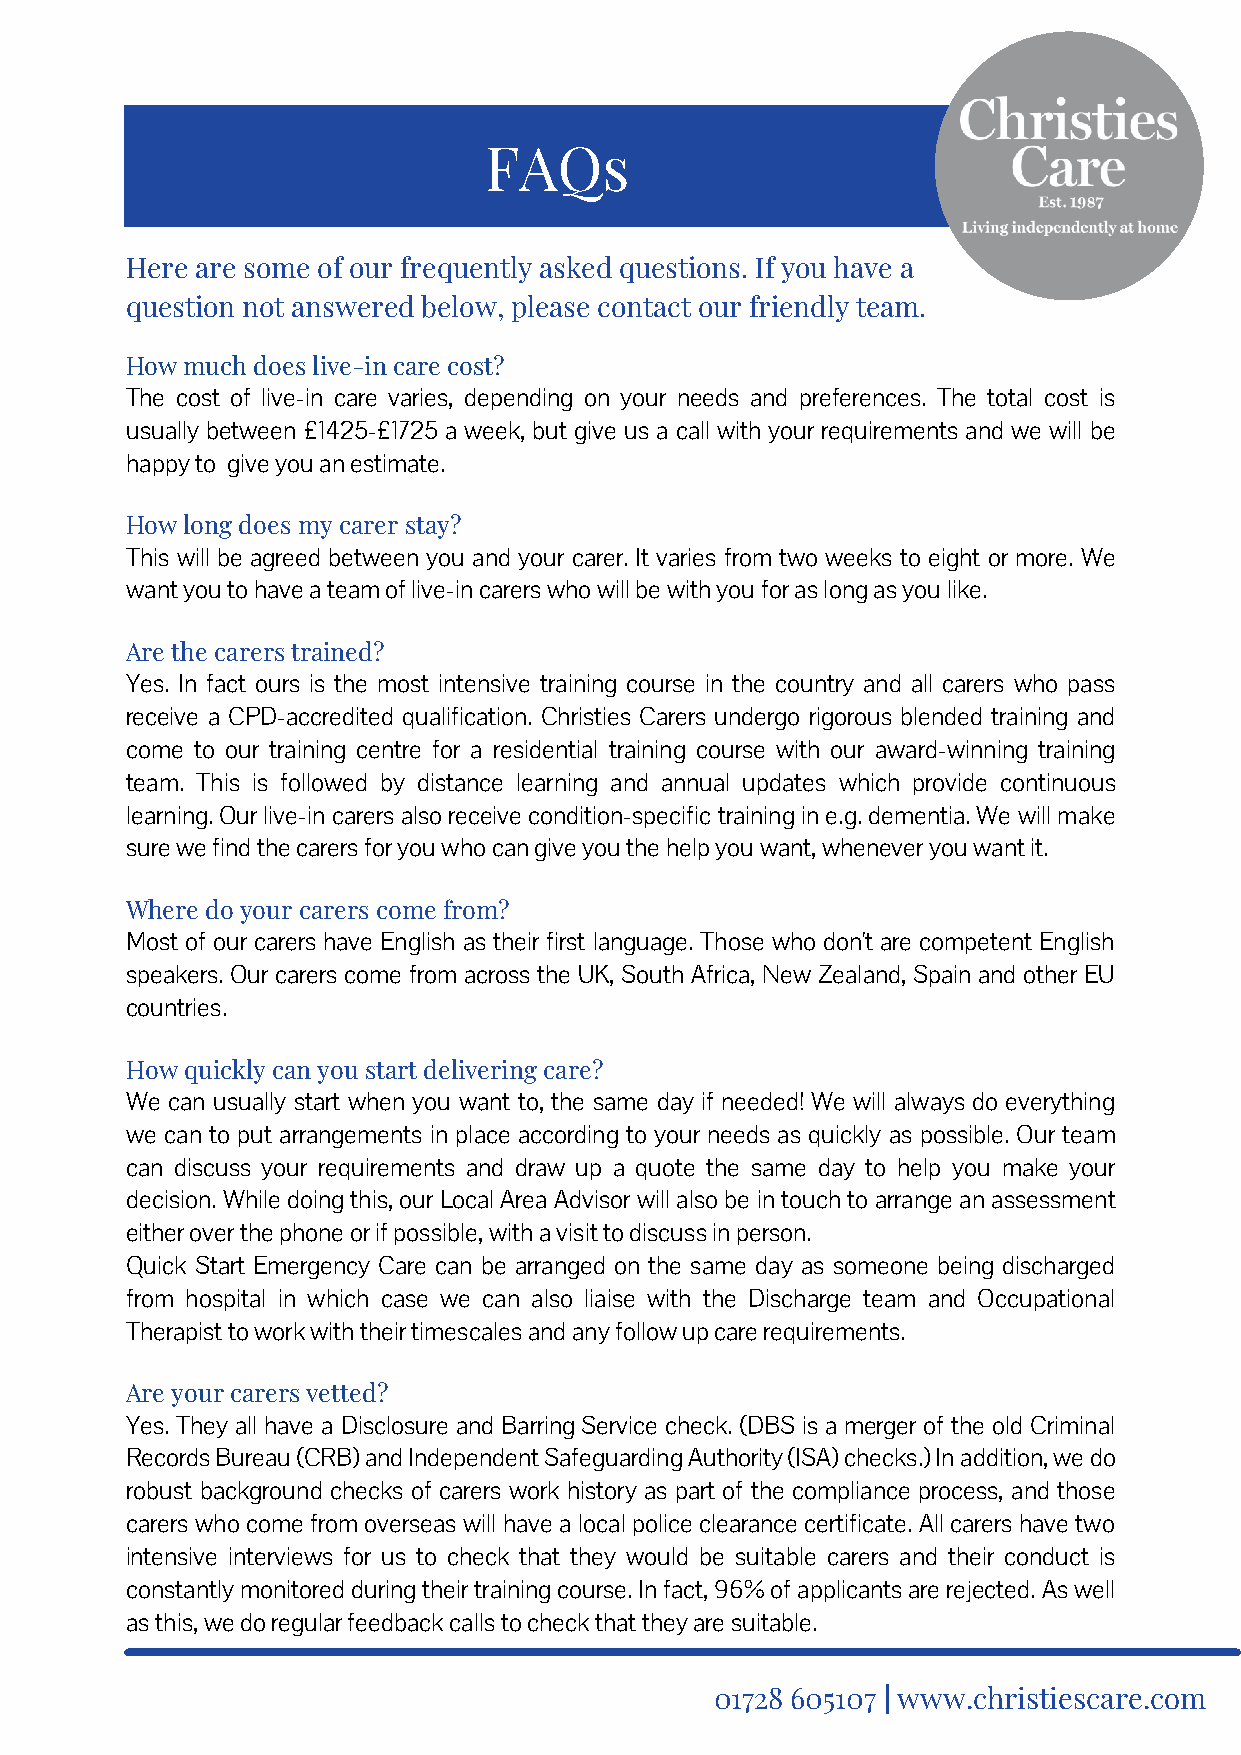
FAQs
 Here are some of our frequently asked questions. If you have a
 question not answered below, please contact our friendly team.
 How much does live-in care cost?
 The cost of live-in care varies, depending on your needs and preferences. The total cost is
 usually between £1425-£1725 a week, but give us a call with your requirements and we will be
 happy to give you an estimate.
 How long does my carer stay?
 This will be agreed between you and your carer. It varies from two weeks to eight or more. We
 want you to have a team of live-in carers who will be with you for as long as you like.
 Are the carers trained?
 Yes. In fact ours is the most intensive training course in the country and all carers who pass
 receive a CPD-accredited qualification. Christies Carers undergo rigorous blended training and
 come to our training centre for a residential training course with our award-winning training
 team. This is followed by distance learning and annual updates which provide continuous
 learning. Our live-in carers also receive condition-specific training in e.g. dementia. We will make
 sure we find the carers for you who can give you the help you want, whenever you want it.
 Where do your carers come from?
 Most of our carers have English as their first language. Those who don't are competent English
 speakers. Our carers come from across the UK, South Africa, New Zealand, Spain and other EU
 countries.
 How quickly can you start delivering care?
 We can usually start when you want to, the same day if needed! We will always do everything
 we can to put arrangements in place according to your needs as quickly as possible. Our team
 can discuss your requirements and draw up a quote the same day to help you make your
 decision. While doing this, our Local Area Advisor will also be in touch to arrange an assessment
 either over the phone or if possible, with a visit to discuss in person.
 Quick Start Emergency Care can be arranged on the same day as someone being discharged
 from hospital in which case we can also liaise with the Discharge team and Occupational
 Therapist to work with their timescales and any follow up care requirements.
 Are your carers vetted?
 Yes. They all have a Disclosure and Barring Service check. (DBS is a merger of the old Criminal
 Records Bureau (CRB) and Independent Safeguarding Authority (ISA) checks.) In addition, we do
 robust background checks of carers work history as part of the compliance process, and those
 carers who come from overseas will have a local police clearance certificate. All carers have two
 intensive interviews for us to check that they would be suitable carers and their conduct is
 constantly monitored during their training course. In fact, 96% of applicants are rejected. As well
 as this, we do regular feedback calls to check that they are suitable.
 01728 605107 | www.christiescare.com